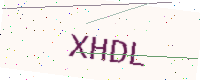
Text: XHDL